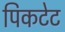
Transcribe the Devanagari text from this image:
पिकटेट